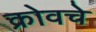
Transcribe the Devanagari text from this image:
क्रोवचे